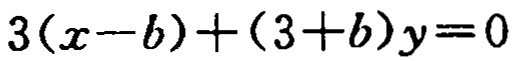
\(3(x - b)+(3 + b)y = 0\)